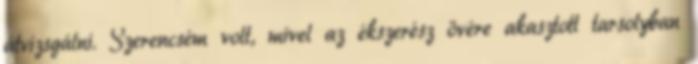
átvizsgálni. Szerencsém volt, mivel az ékszerész övére akasztott tarsolyban